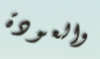
والعودة